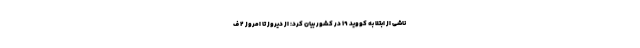
ناشی از ابتلا به کووید ۱۹ در کشور بیان کرد: از دیروز تا امروز ۲ ف